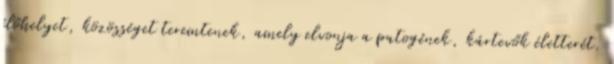
élőhelyet, közösséget teremtenek, amely elvonja a patogének, kártevők életterét.